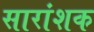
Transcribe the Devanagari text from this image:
सारांशक